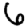
Digit: 6